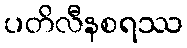
ပတိလီနစရဿ